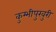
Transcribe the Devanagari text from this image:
कुम्भीपुखुरी